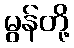
မွန်တို့